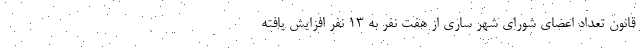
قانون تعداد اعضای شورای شهر ساری از هفت نفر به ۱۳ نفر افزایش یافته